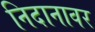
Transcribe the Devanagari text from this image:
निदानावर